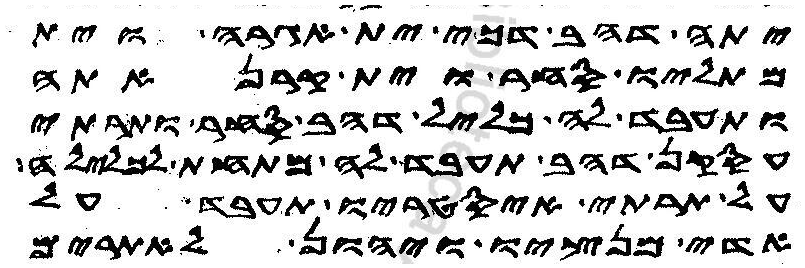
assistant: יתה דהב דכי ית אגרה וית
מכתליו סחר וית קרנאתה
ותעבד לה כליל דהב סחר ותרתי
עסקן דהב תעבד לה מתחת לכלילה
על תרתי איסטריו תעבד על
אדי מנציו ויהון לאתרים